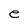
Character: e